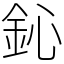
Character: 鈊